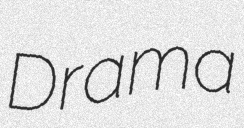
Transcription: Drama